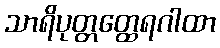
သာရိပုတ္တတ္ထေရဂါထာ